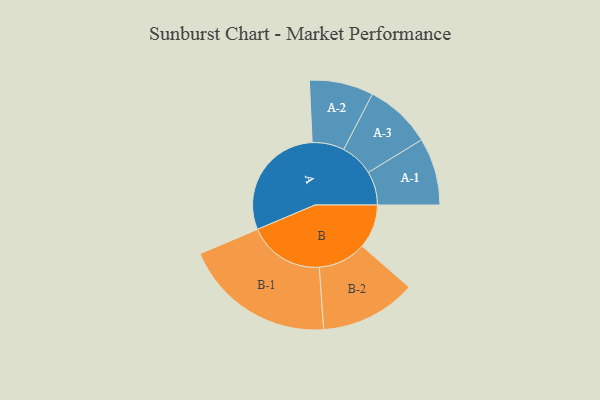
{"axis": {"x": "Segment", "y": "Value"}, "legend": ["", "A", "B"], "data": [{"x": "A", "y": 435, "type": ""}, {"x": "B", "y": 162, "type": ""}, {"x": "A-1", "y": 124, "type": "A"}, {"x": "A-2", "y": 118, "type": "A"}, {"x": "A-3", "y": 123, "type": "A"}, {"x": "B-1", "y": 280, "type": "B"}, {"x": "B-2", "y": 177, "type": "B"}]}